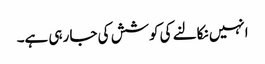
انہیں نکالنے کی کوشش کی جا رہی ہے۔